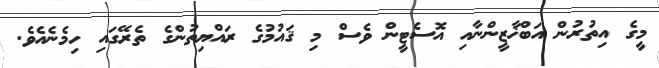
މީގެ އިތުރުން އަބްޚާޒީންނާއި އޮސެޓީން ވެސް މި ޤައުމުގެ ރައްޔިތުންގެ ތެރޭގައި ހިމެނެއެވެ.